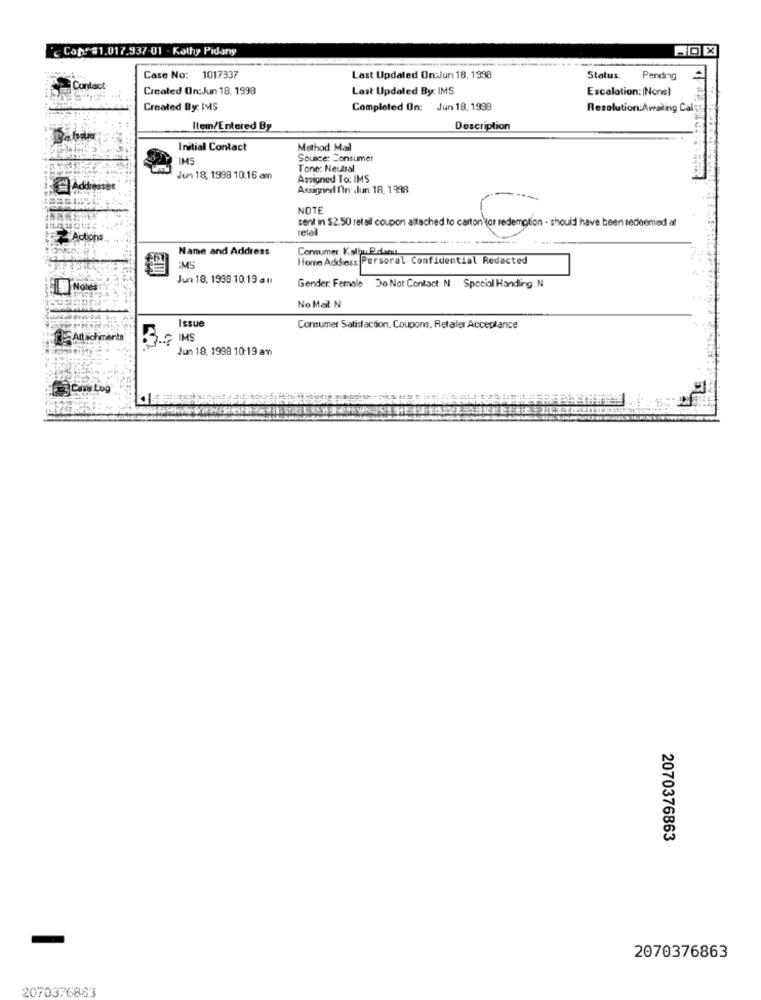
ic Cat #1.017.937-01 - Kathy Pidany
Case No: 1017337
Last Updated On:Jun 18. 1998
Status.
Pending
Contact
Created On:Jun 18. 1998
Last Updated By: IMS
Escalation: [None)
Created By: IMS
Completed On: Jun 18. 1998
Resolution: Awaling Cal
Item/Entered By
Description
Initial Contact
Method Mail
IMS
Source: Consumer
Tone: Neutral
Jun 18, 1998 10:16 am
Assigned To: IMS
Addresses
Assigned On .lun 18, 1398
NOTE
14 In $2.50 letal coupon attached to carton tor redemption - should have been redeemed àl
retal
Actions
Name and Address
Consumer: KalbuPelaout
Home Address Persoral Confidential Redacted
EMS
Jun 18, 1938 10.19 all
Gender: Female Do Not Contact: N Special Handling N
No Mail N
Issue
Consumer Satisfaction, Coupons, Retailer Acceptance
15 Attachments
3.7 IMS
Jun 18, 1998 10:19 am
2070376863
2070376863
2070376863